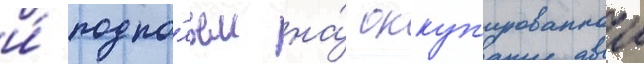
и́ подпо́льем на́ оккуп'ированнои